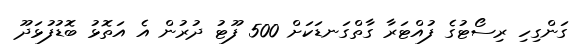
ގަންގިހި ރިސޯޓުގެ ފުއްޓަރާ ގާތްގަނޑަކަށް 500 ފޫޓު ދުރުން އެ އަތޮޅު ބޮޑުފުޅަދޫ